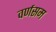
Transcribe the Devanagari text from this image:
वर्णसम